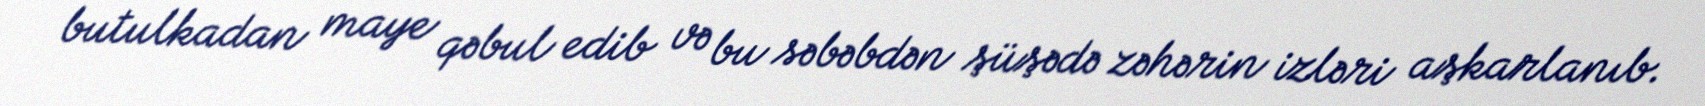
butulkadan maye qəbul edib və bu səbəbdən şüşədə zəhərin izləri aşkarlanıb.